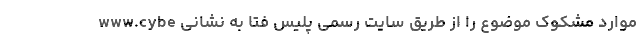
موارد مشکوک موضوع را از طریق سایت رسمی پلیس فتا به نشانی www.cybe